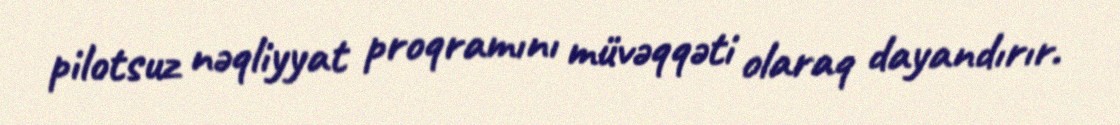
pilotsuz nəqliyyat proqramını müvəqqəti olaraq dayandırır.